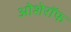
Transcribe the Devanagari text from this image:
ओशेरॉफ